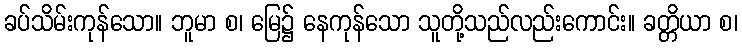
ခပ်သိမ်းကုန်သော။ ဘူမာ စ၊ မြေ၌ နေကုန်သော သူတို့သည်လည်းကောင်း။ ခတ္တိယာ စ၊